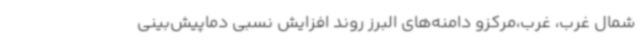
شمال غرب، غرب،مرکزو دامنه‌های البرز روند افزایش نسبی دماپیش‌بینی